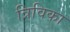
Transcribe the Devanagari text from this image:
त्रिविका